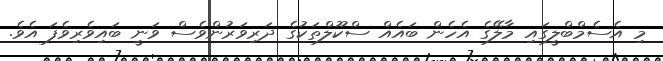
މި އެސެމްބްލީގައި މާލޭގެ އެހެން ބައެއް ސްކޫލްތަކުގެ ދަރިވަރުންވެސް ވަނީ ބައިވެރިވެފަ އެވެ.